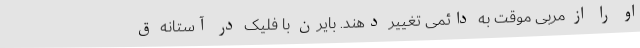
او را از مربی موقت به دائمی تغییر دهند. بایرن با فلیک در آستانه ق